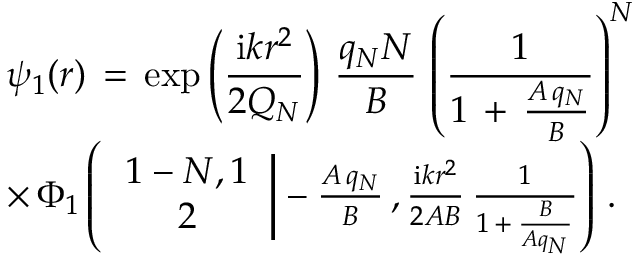
\begin{array} { l } { \displaystyle \psi _ { 1 } ( \boldsymbol { r } ) \, = \, \exp \left( \frac { \mathrm { i } k r ^ { 2 } } { 2 Q _ { N } } \right) \, \frac { q _ { N } N } { B } \, \left( \frac { 1 } { 1 \, + \, \frac { A \, q _ { N } } { B } } \right) ^ { N } \, } \\ { \times \, \Phi _ { 1 } \left( \left. \begin{array} { c } { 1 - N , 1 } \\ { 2 } \end{array} \right| - \frac { A \, q _ { N } } { B } \, , \frac { \mathrm { i } k r ^ { 2 } } { 2 A B } \, \frac 1 { 1 \, + \, \frac B { A q _ { N } } } \right) \, . } \end{array}